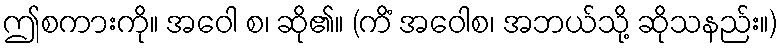
ဤစကားကို။ အဝေါ စ၊ ဆို၏။ (ကိံ အဝေါစ၊ အဘယ်သို့ ဆိုသနည်း။)